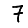
Digit: 7